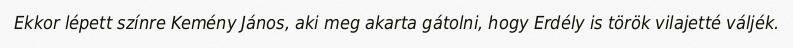
Ekkor lépett színre Kemény János, aki meg akarta gátolni, hogy Erdély is török vilajetté váljék.